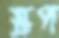
স্ক্রপ